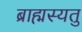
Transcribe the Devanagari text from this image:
ब्राह्मस्यतु